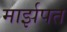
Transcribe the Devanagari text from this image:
मार्झपत